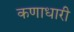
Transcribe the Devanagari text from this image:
कणाधारी